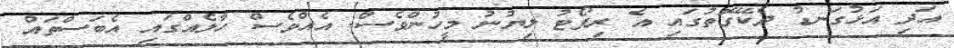
އަދި އަޅުގަނޑު ދެކޭގޮތުގައި އެ ރިޕޯޓު ލިޔުނު މީހުންވެސް. އެއްވެސް ހާލެއްގައި އެބަސްތައް